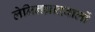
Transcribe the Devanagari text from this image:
लेनिनग्रादवालों